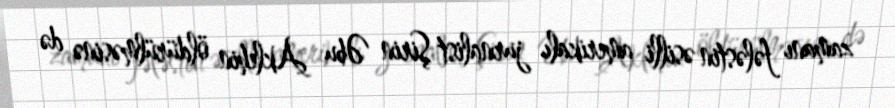
zamanı fələstin əsilli amerikalı jurnalist Şirin Əbu Aklehin öldürülməsinə də